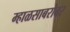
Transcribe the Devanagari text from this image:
म्हाळसाबरोबर